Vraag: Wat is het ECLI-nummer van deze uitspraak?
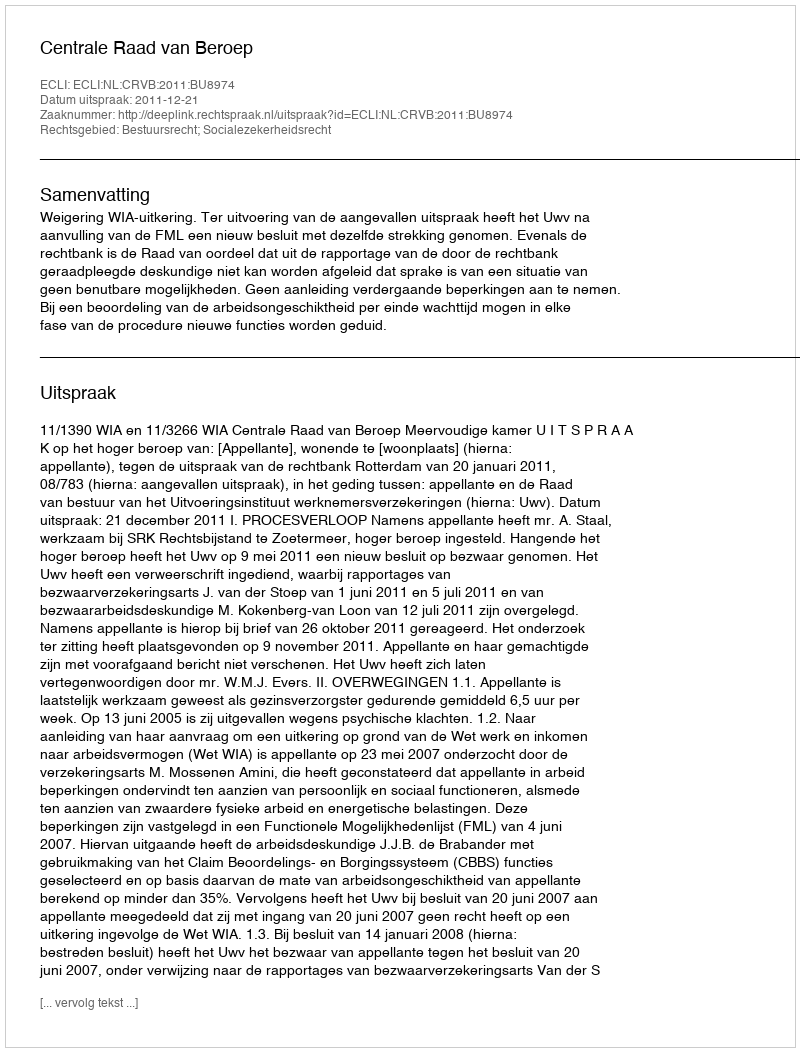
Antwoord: ECLI:NL:CRVB:2011:BU8974